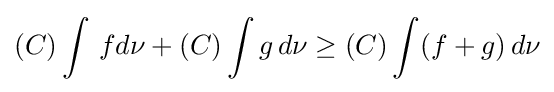
(C)\int \,fd\nu +(C)\int g\,d\nu \geq (C)\int (f+g)\,d\nu